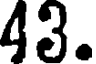
43.